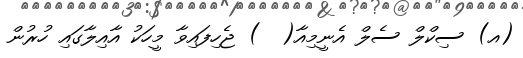
(އ) ސިކްލް ސެލް އެނީމިއާ(  ) ޖެހިފައިވާ މީހަކު އާއިލާގައި ހުރުން